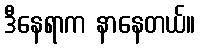
ဒီနေရာက နာနေတယ်။